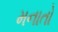
મનાતો